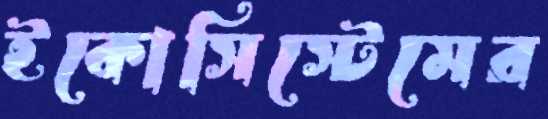
ইকোসিস্টেমের